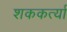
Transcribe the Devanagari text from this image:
शककर्त्या